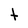
Character: t